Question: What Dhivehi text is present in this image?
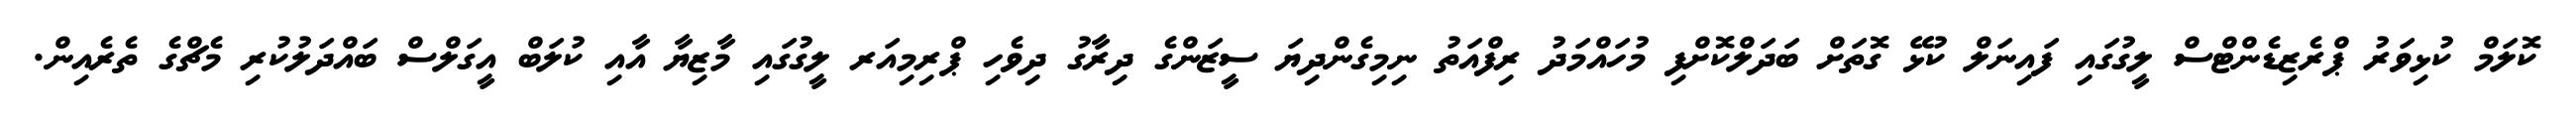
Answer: ކޮލަމް ކުޅިވަރު ޕްރެޒިޑެންޓްސް ލީގުގައި ފައިނަލް ކުޅޭ ގޮތަށް ބަދަލްކޮށްފި މުހައްމަދު ރިފްއަތު ނިމިގެންދިޔަ ސީޒަންގެ ދިރާގު ދިވެހި ޕްރިމިއަރ ލީގުގައި މާޒިޔާ އާއި ކުލަބް އީގަލްސް ބައްދަލުކުރި މެޗްގެ ތެރެއިން.